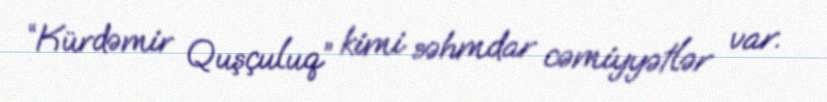
“Kürdəmir Quşçuluq” kimi səhmdar cəmiyyətlər var.